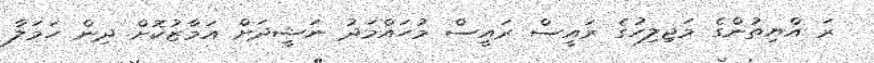
ރަ އްޔިތުންގެ މަޖިލިހުގެ ރައީސް ރައީސް މުހައްމަދު ނަޝީދަށް އަމާޒުކޮށް ދިން ހަމަލާ